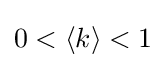
{0<\left\langle k\right\rangle <1}